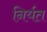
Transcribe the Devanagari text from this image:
निर्यत